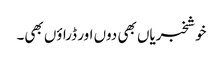
خوشخبریاں بھی دوں اور ڈراؤں بھی۔